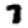
Digit: 7